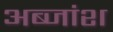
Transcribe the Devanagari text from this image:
अब्जांश